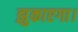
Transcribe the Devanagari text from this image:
झुकाएगा।